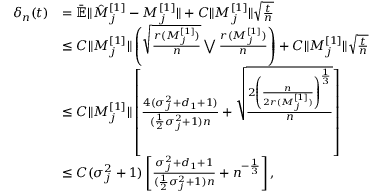
\begin{array} { r l } { \delta _ { n } ( t ) } & { = \bar { \mathbb { E } } \| \hat { M } _ { j } ^ { [ 1 ] } - M _ { j } ^ { [ 1 ] } \| + C \| M _ { j } ^ { [ 1 ] } \| \sqrt { \frac { t } { n } } } \\ & { \le C \| M _ { j } ^ { [ 1 ] } \| \left( \sqrt { \frac { r ( M _ { j } ^ { [ 1 ] } ) } { n } } \bigvee \frac { r ( M _ { j } ^ { [ 1 ] } ) } { n } \right) + C \| M _ { j } ^ { [ 1 ] } \| \sqrt { \frac { t } { n } } } \\ & { \le C \| M _ { j } ^ { [ 1 ] } \| \left[ \frac { 4 ( \sigma _ { j } ^ { 2 } + d _ { 1 } + 1 ) } { ( \frac { 1 } { 2 } \sigma _ { j } ^ { 2 } + 1 ) n } + \sqrt { \frac { 2 \left( \frac { n } { 2 r ( M _ { j } ^ { [ 1 ] } ) } \right) ^ { \frac { 1 } { 3 } } } { n } } \right] } \\ & { \le C ( \sigma _ { j } ^ { 2 } + 1 ) \left[ \frac { \sigma _ { j } ^ { 2 } + d _ { 1 } + 1 } { ( \frac { 1 } { 2 } \sigma _ { j } ^ { 2 } + 1 ) n } + n ^ { - \frac { 1 } { 3 } } \right] , } \end{array}